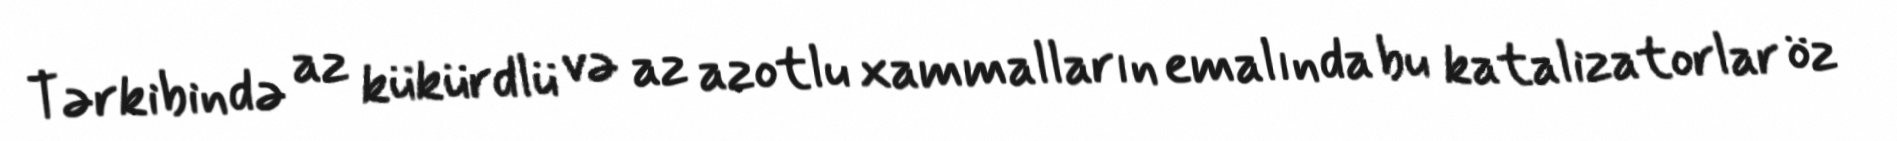
Tərkibində az kükürdlü və az azotlu xammalların emalında bu katalizatorlar öz